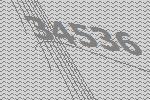
34536